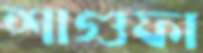
শাগুফা